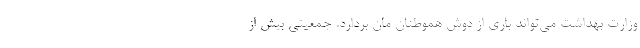
وزارت بهداشت می‌تواند باری از دوش هموطنان مان بردارد. جمعیتی بیش از